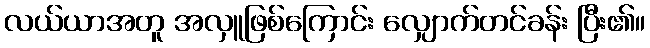
လယ်ယာအတူ အလှူဖြစ်ကြောင်း လျှောက်တင်ခန်း ပြီး၏။